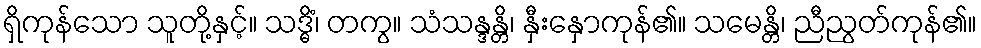
ရှိကုန်သော သူတို့နှင့်။ သဒ္ဓိံ၊ တကွ။ သံသန္ဒန္တိ၊ နှီးနှောကုန်၏။ သမေန္တိ၊ ညီညွတ်ကုန်၏။